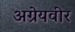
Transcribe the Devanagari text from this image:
अग्रेयवीर